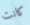
كانت